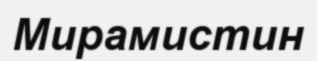
Мирамистин